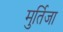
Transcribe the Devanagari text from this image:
मुर्तिजा